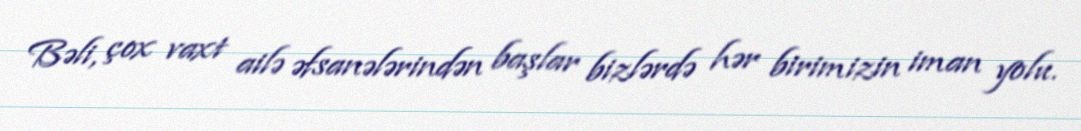
Bəli, çox vaxt ailə əfsanələrindən başlar bizlərdə hər birimizin iman yolu.